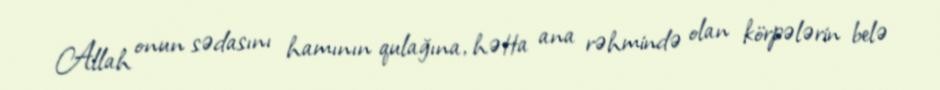
Allah onun sədasını hamının qulağına, hətta ana rəhmində olan körpələrin belə